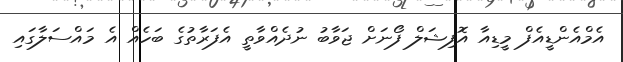
އެމްއެންޑީއެފް މީޑިއާ އޮފިޝަލް ފޯނަށް ޖަވާބު ނުދެއްވާތީ އެފަރާތުގެ ބަހެއް އެ މައްސަލާގައި